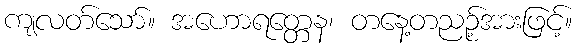
ကျလတ်သော်။ အဟောရတ္တေန၊ တနေ့တညဉ့်အားဖြင့်။